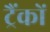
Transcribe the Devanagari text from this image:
ट्रैंकों